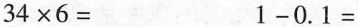
$$3 4 \times 6 =$$$$1 - 0 . 1 =$$